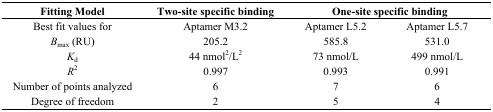
<table><thead><tr><td><b>Fitting Model</b></td><td><b>Two-site specific binding</b></td><td colspan="2"><b>One-site specific binding</b></td></tr></thead><tbody><tr><td>Best fit values for</td><td>Aptamer M3.2</td><td>Aptamer L5.2</td><td>Aptamer L5.7</td></tr><tr><td><i>B</i><sub>max</sub> (RU)</td><td>205.2</td><td>585.8</td><td>531.0</td></tr><tr><td><i>K</i><sub>d</sub></td><td>44 nmol<sup>2</sup>/L<sup>2</sup></td><td>73 nmol/L</td><td>499 nmol/L</td></tr><tr><td><i>R</i><sup>2</sup></td><td>0.997</td><td>0.993</td><td>0.991</td></tr><tr><td>Number of points analyzed</td><td>6</td><td>7</td><td>6</td></tr><tr><td>Degree of freedom</td><td>2</td><td>5</td><td>4</td></tr></tbody></table>